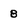
Character: 8